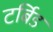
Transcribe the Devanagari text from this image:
टर्बिड